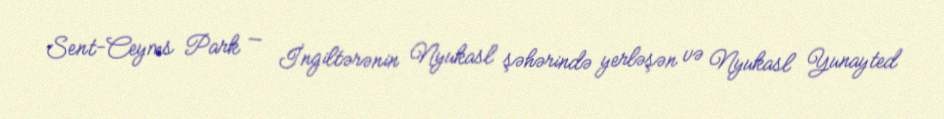
Sent-Ceyms Park — İngiltərənin Nyukasl şəhərində yerləşən və Nyukasl Yunayted